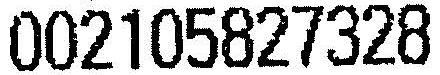
002105827328